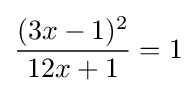
{\frac {(3x-1)^{2}}{12x+1}}=1